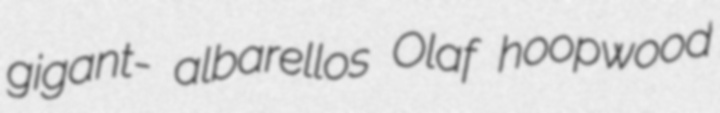
gigant- albarellos Olaf hoopwood